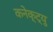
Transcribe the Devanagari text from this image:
कनेक्ट्यु